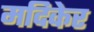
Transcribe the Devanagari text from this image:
मदिकेर